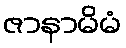
ဇာနာမိမံ